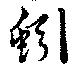
蚓